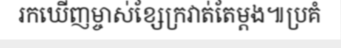
រកឃើញម្ចាស់ខ្សែក្រវាត់តែម្តង៕ប្រគំ